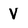
Character: V